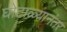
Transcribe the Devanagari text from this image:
घोटाळ्यानंतर